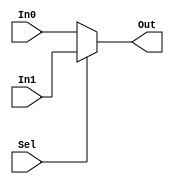
module Mux5_1to2 (Sel,In0,In1,Out);

	input Sel;
	input[4:0] In0, In1;

	output[4:0] Out;
		wire[4:0] Out;

	assign Out = (Sel)?(In1):(In0);

endmodule